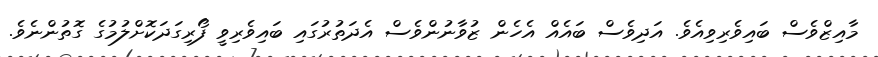
މާއިޒްވެސް ބައިވެރިވިއެވެ. އަދިވެސް ބައެއް އެހެން ޒުވާނުންވެސް އެދަތުރުގައި ބައިވެރިވީ ފޯރިގަދަކޮށްލުމުގެ ގޮތުންނެވެ.